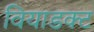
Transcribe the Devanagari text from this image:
वियाडक्ट